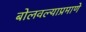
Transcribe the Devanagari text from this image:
बोलवल्याप्रमाणे